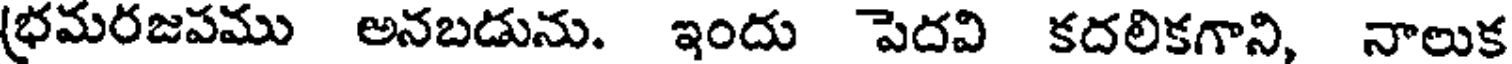
(భమరజపము అనబడును. ఇందు పెదవి కదలికగాని, నాలుక